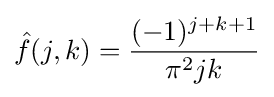
{\hat {f}}(j,k)={(-1)^{j+k+1} \over \pi ^{2}jk}